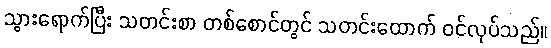
သွားရောက်ပြီး သတင်းစာ တစ်စောင်တွင် သတင်းထောက် ဝင်လုပ်သည်။